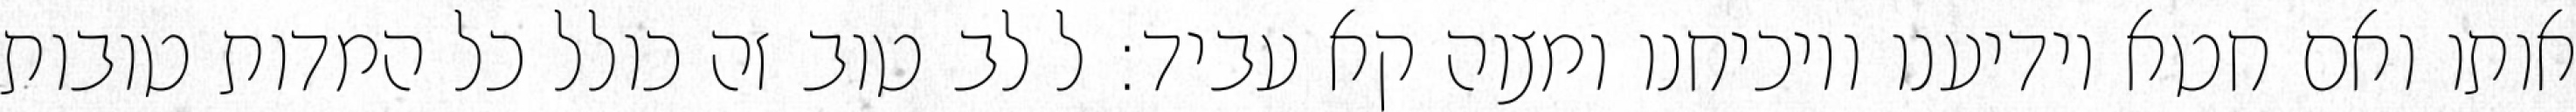
אותו ואם חטא יודיענו ויוכיחנו ומצוה קא עביד: ל לב טוב זה כולל כל המדות טובות